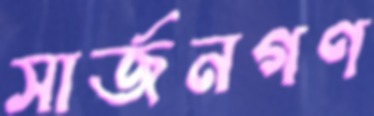
সার্জনগণ